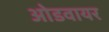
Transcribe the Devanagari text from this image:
ओडवायर